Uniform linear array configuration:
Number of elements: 4
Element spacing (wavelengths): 0.25
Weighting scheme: blackman
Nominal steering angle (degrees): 15
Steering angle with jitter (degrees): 15.081
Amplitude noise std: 0.05
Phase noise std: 0.05

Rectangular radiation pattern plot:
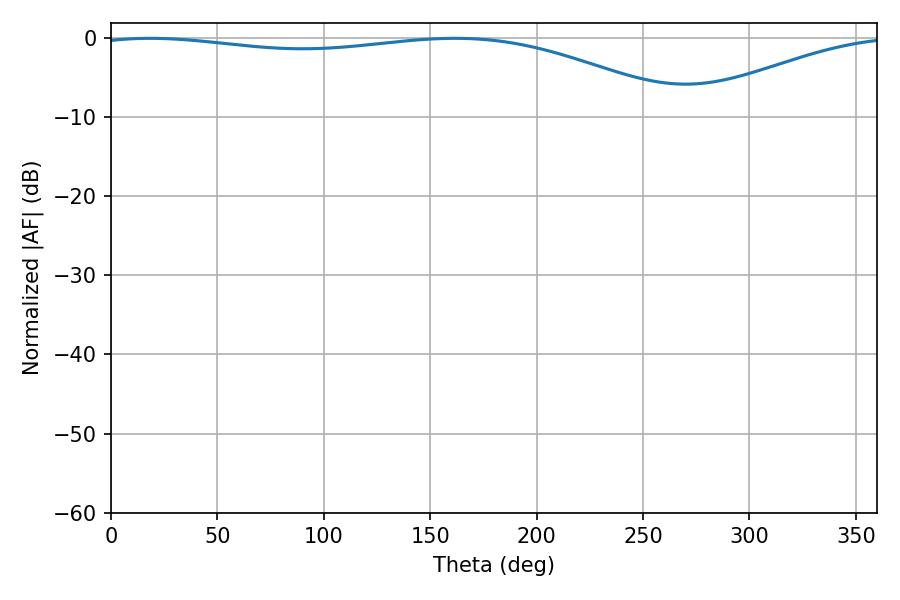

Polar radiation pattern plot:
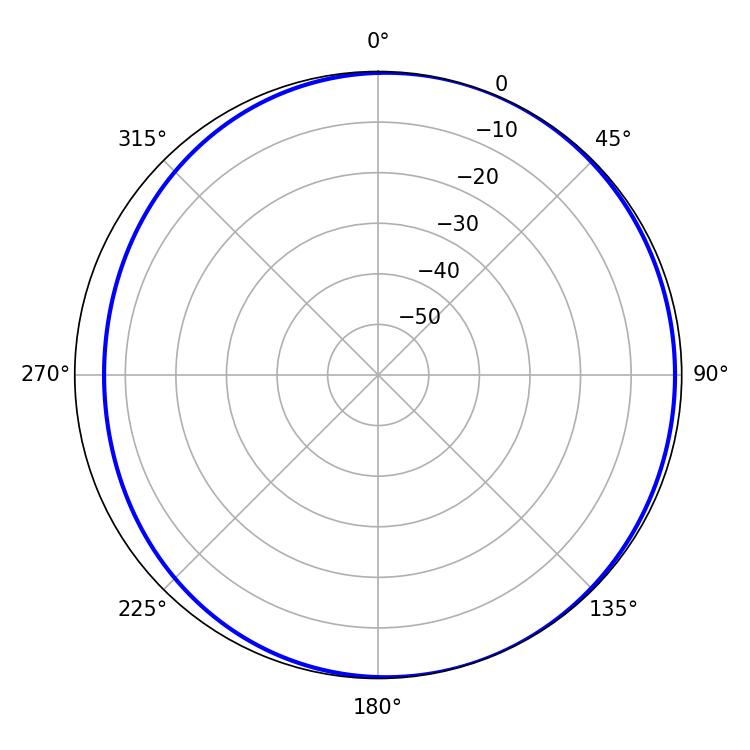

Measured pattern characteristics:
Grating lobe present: FALSE
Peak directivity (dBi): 3.744
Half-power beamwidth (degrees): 223.2
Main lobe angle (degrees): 18.36